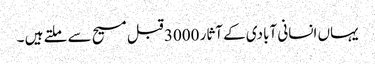
یہاں انسانی آبادی کے آثار 3000 قبل مسیح سے ملتے ہیں ۔